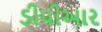
ડીપીઆર